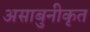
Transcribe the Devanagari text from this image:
असाबुनीकृत